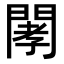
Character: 𨴹